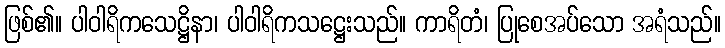
ဖြစ်၏။ ပါဝါရိကသေဋ္ဌိနာ၊ ပါဝါရိကသဋ္ဌေးသည်။ ကာရိတံ၊ ပြုစေအပ်သော အရံသည်။